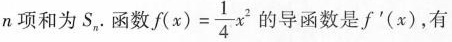
n项和为S_{n}.函数$$f ( x ) = \frac { 1 } { 4 } x ^ { 2 }$$的导函数是f'(x)，有